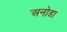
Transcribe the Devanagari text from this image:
अनोडा